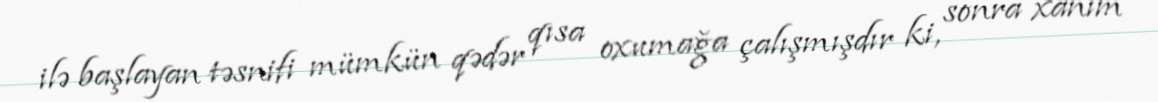
ilə başlayan təsnifi mümkün qədər qısa oxumağa çalışmışdır ki, sonra xanım